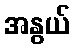
အနွယ်